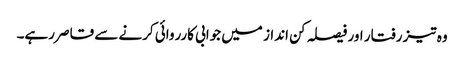
وہ تیز رفتار اور فیصلہ کن انداز میں جوابی کارروائی کرنے سے قاصر رہے۔